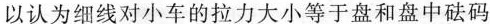
以认为细线对小车的拉力大小等于盘和盘中砝码